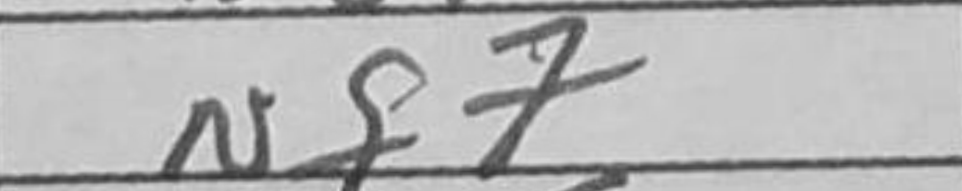
Transcription: Nf7